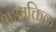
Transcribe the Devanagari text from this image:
भूआक्तिक